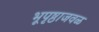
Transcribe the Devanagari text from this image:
भूपृष्ठाजवळ